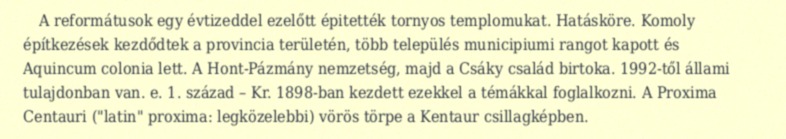
A reformátusok egy évtizeddel ezelőtt épitették tornyos templomukat. Hatásköre. Komoly építkezések kezdődtek a provincia területén, több település municipiumi rangot kapott és Aquincum colonia lett. A Hont-Pázmány nemzetség, majd a Csáky család birtoka. 1992-től állami tulajdonban van. e. 1. század – Kr. 1898-ban kezdett ezekkel a témákkal foglalkozni. A Proxima Centauri ("latin" proxima: legközelebbi) vörös törpe a Kentaur csillagképben.